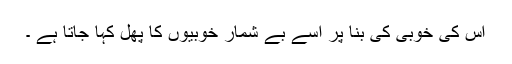
اس کی خوبی کی بنا پر اسے بے شمار خوبیوں کا پھل کہا جاتا ہے ۔